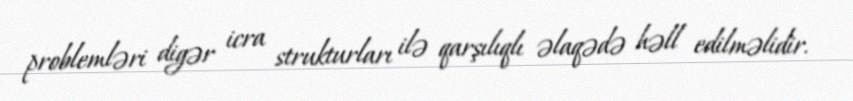
problemləri digər icra strukturları ilə qarşılıqlı əlaqədə həll edilməlidir.